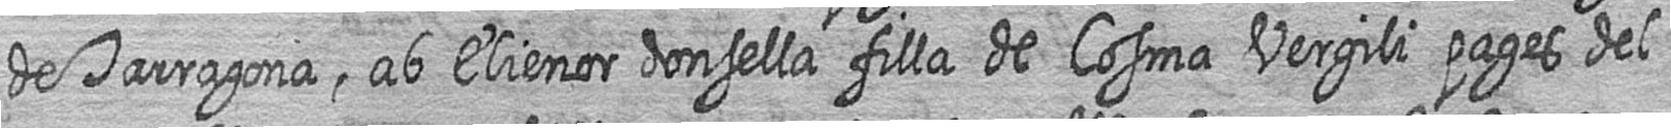
de Tarragona ab Elienor donsella filla de Cosma Vergili pages del